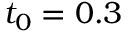
t _ { 0 } = 0 . 3